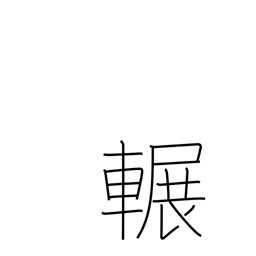
Meaning: squeak